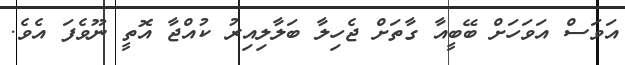
އަވަސް އަވަހަށް ބޭބީއާ ގާތަށް ޖެހިލާ ބަލާލިއިރު ކުއްޖާ އޮތީ ނޫވެފަ އެވެ.